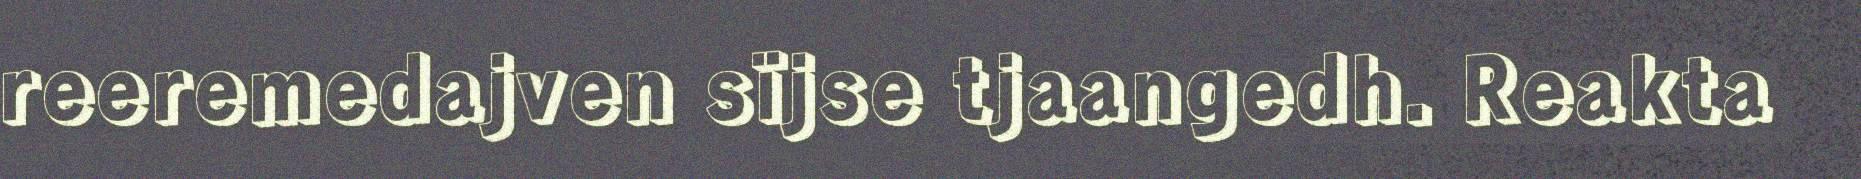
reeremedajven sïjse tjaangedh. Reakta